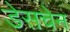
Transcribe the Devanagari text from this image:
डेसचेन